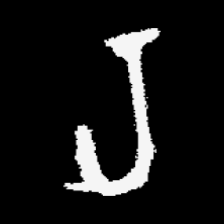
Pyu character \u2014 Myanmar letter: ရ (romanized: ra)